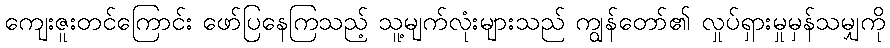
ကျေးဇူးတင်ကြောင်း ဖော်ပြနေကြသည့် သူ့မျက်လုံးများသည် ကျွန်တော်၏ လှုပ်ရှားမှုမှန်သမျှကို